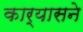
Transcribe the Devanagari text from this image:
कार्यासने